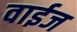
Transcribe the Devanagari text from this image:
वाईज